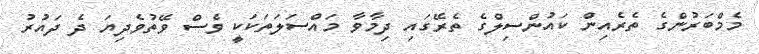
މެމްބަރުންގެ ތެރެއިން ކައުންސިލްގެ ތެރޭގައި ދިމާވާ މައްސަލަތަކަކީ ވެސް ވޭތުވެދިޔަ ދެ ދައުރު